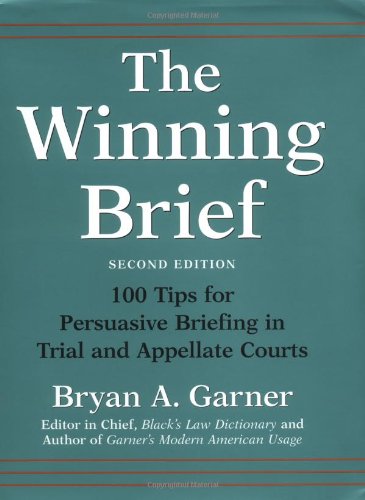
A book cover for The Winning Brief: 100 Tips for Persuasive Briefing in Trial and Appellate Courts; Bryan A. Garner; Law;